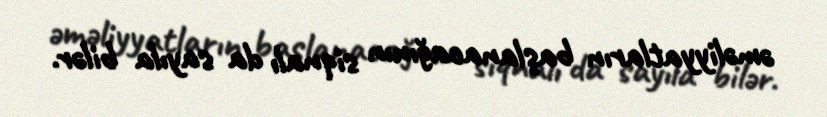
əməliyyatların başlanacağının siqnalı da sayıla bilər.